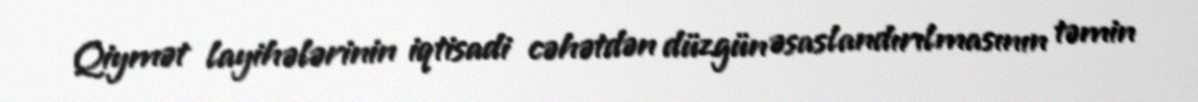
Qiymət layihələrinin iqtisadi cəhətdən düzgün əsaslandırılmasının təmin